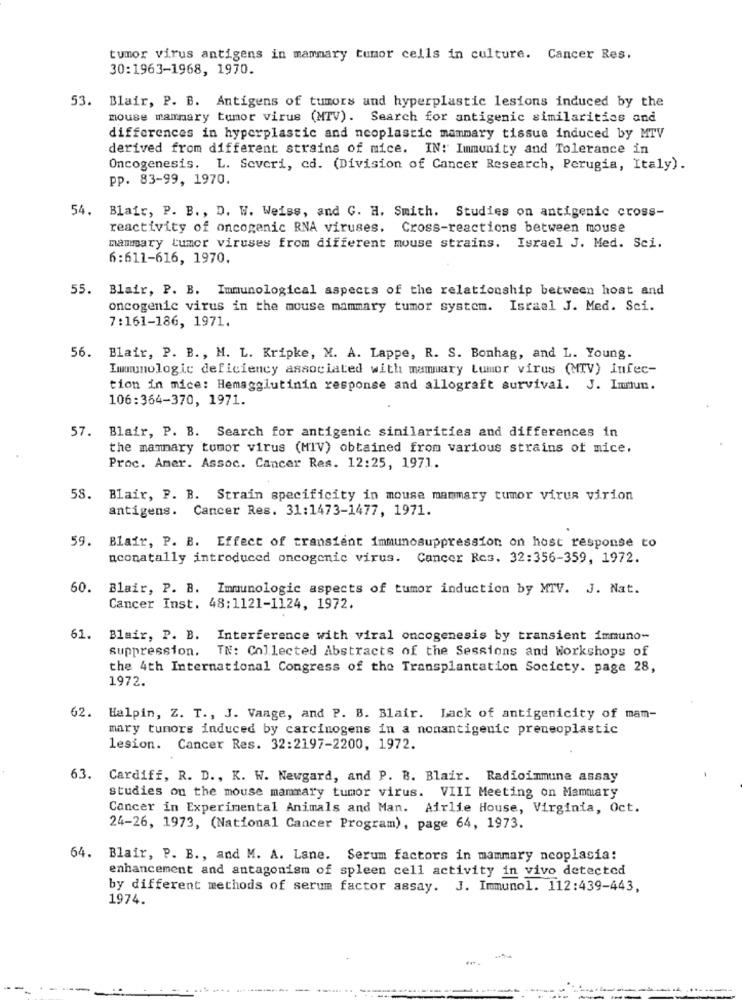
tumor virus antigens in mammary tumor cells in culture. Cancer Res.
30:1963-1968, 1970.
53. Blair, P. B. Antigens of tumors and hyperplastic lesions induced by the
mouse mammary tumor virus (MTV). Search for antigenic similarities and
differences in hyperplastic and neoplastic mammary tissue induced by MTV
derived from different strains of mice. IN: Immunity and Tolerance in
Oncogenesis. L. Severi, cd. (Division of Cancer Research, Perugia, Italy).
pp. 83-99, 1970.
54. Blair, P. B ., D. W. Weiss, and G. H. Smith. Studies on antigenic cross-
reactivity of oncogenic RNA viruses. Cross-reactions between mouse
mammary tumor viruses from different mouse strains. Israel J. Med. Sci.
6:611-616, 1970.
55. Blair, P. B. Immunological aspects of the relationship between host and
oncogenic virus in the mouse mammary tumor system. Israel J. Med. Sci.
7:161-186, 1971.
56. Blair, P. B ., M. L. Kripke, M. A. Lappe, R. S. Bonhag, and L. Young.
Immunologic deficiency associated with mamuary Lumor virus (MTV) Infec-
tion in mice: Hemagglutinin response and allograft survival. J. Imun.
106:364-370, 1971.
57. Blair, P. B. Search for antigenic similarities and differences in
the mammary tumor virus (MIV) obtained from various strains of mice.
Proc. Amer. Assoc. Cancer Res. 12:25, 1971.
58. Blair, P. B. Strain specificity in mouse mammary tumor virus virion
antigens. Cancer Res. 31:1473-1477, 1971.
59.
Blair, P. B. Effect of transient immunosuppression on host response to
nconatally introduced oncogenic virus. Cancer Res. 32:356-359, 1972.
60.
Blair, P. B. Immunologic aspects of tumor induction by MTV. J. Nat.
Cancer Inst. 48:1121-1124, 1972.
61.
Blair, P. B. Interference with viral oncogenesis by transient immuno-
suppression. IN: Collected Abstracts of the Sessions and Workshops of
the 4th International Congress of the Transplantation Society. page 28,
1972.
62. Halpin, Z. T ., J. Vaage, and P. B. Blair. Lack of antigenicity of mam-
mary tumors induced by carcinogens in a nonantigenic preneoplastic
lesion. Cancer Res. 32:2197-2200, 1972.
63. Cardiff, R. D ., K. W. Newgard, and P. B. Blair. Radioinmune assay
studies on the mouse mammary tumor virus. VIII Meeting on Mammary
Cancer in Experimental Animals and Man. Airlie House, Virginia, Oct.
24-26, 1973, (National Cancer Program), page 64, 1973.
64. Blair, P. B ., and M. A. Lane. Serum factors in mammary neoplasia:
enhancement and antagonism of spleen cell activity in vivo detected
by different methods of serum factor assay. J. Immunol. 112:439-443,
1974.